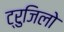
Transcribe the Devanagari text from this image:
ट्रुजिलो